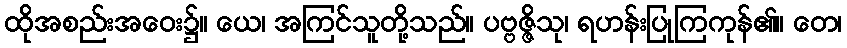
ထိုအစည်းအဝေး၌။ ယေ၊ အကြင်သူတို့သည်။ ပဗ္ဗဇ္ဇိသု၊ ရဟန်းပြုကြကုန်၏။ တေ၊